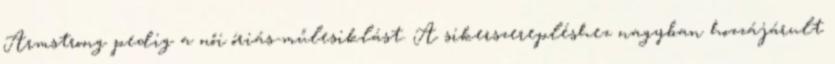
Armstrong pedig a női óriás-műlesiklást. A sikerszerepléshez nagyban hozzájárult